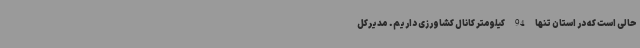
حالی است که در استان تنها 94 کیلومتر کانال کشاورزی داریم. مدیرکل